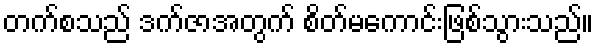
တက်စသည် ဒက်ဇာအတွက် စိတ်မကောင်းဖြစ်သွားသည်။